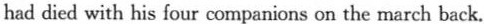
had died with his four companions on the march back.